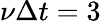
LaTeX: \nu\Delta t=3